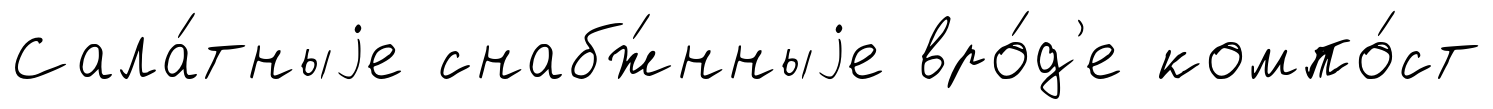
Сала́тныjе снабж́нныjе вро́д'е компо́ст